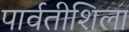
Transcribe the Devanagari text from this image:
पार्वतीशिला